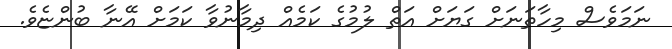
ނަމަވެސް މިހާތަނަށް ގަޔަށް އަތް ލުމުގެ ކަމެއް ދިމާނުވާ ކަމަށް އޭނާ ބުންޏެވެ.